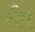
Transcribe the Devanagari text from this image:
शैप